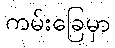
ကမ်းခြေမှာ